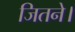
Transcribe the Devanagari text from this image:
जितने।